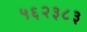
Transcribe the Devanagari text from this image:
५६२३८३